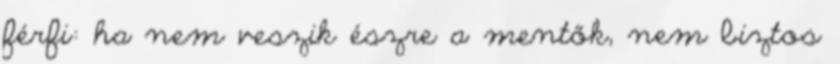
férfi: ha nem veszik észre a mentők, nem biztos